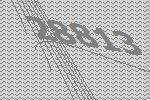
28813